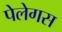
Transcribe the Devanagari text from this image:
पेलेगस